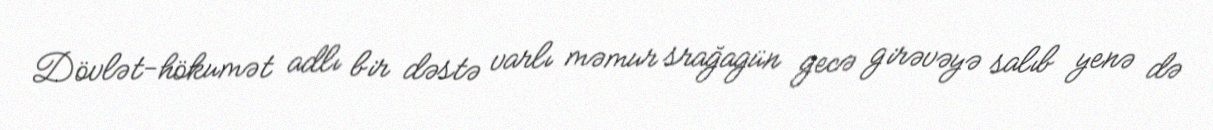
Dövlət-hökumət adlı bir dəstə varlı məmur srağagün gecə girəvəyə salıb yenə də